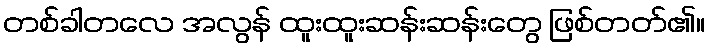
တစ်ခါတလေ အလွန် ထူးထူးဆန်းဆန်းတွေ ဖြစ်တတ်၏။